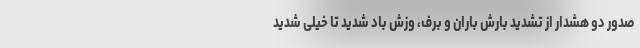
صدور دو هشدار از تشدید بارش باران و برف، وزش باد شدید تا خیلی شدید